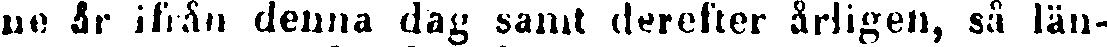
ne år ifrån denna dag samt derefter årligen, så län-